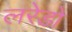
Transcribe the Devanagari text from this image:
लरेडो